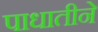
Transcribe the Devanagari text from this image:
पाधातीने